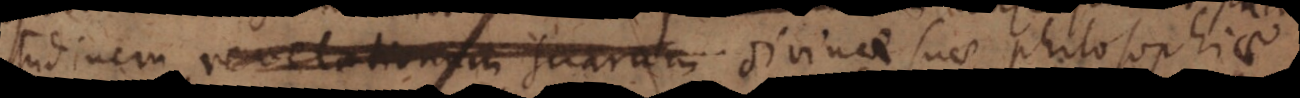
tudinem revelationum suarum divinae suae philosophiae,